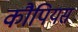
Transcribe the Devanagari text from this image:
कौपियस